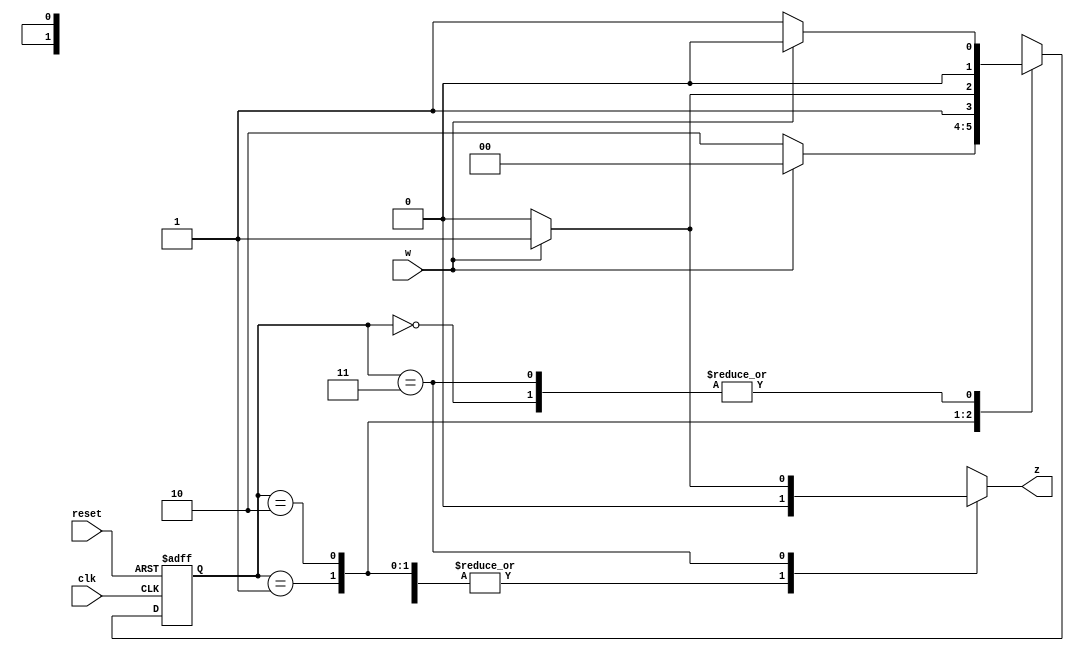
`timescale 1ns / 1ps
//////////////////////////////////////////////////////////////////////////////////
// Company: 
// Engineer: 
// 
// Design Name: 
// Module Name: mealy0011
// Project Name: 
// Target Devices: 
// Tool Versions: 
// Description: 
// 
// Dependencies: 
// 
// Revision:
// Revision 0.01 - File Created
// Additional Comments:
// 
//////////////////////////////////////////////////////////////////////////////////

module top_mealy0011 (clk, reset, w, z);
  input clk, reset, w;    // w is the input and we are assumind active low reset
  output reg z;           // z is the output
  reg [1:0] y, Y;         // Y is a next state variable, y is a present state variable
  parameter [1:0] A = 2'b00, B = 2'b01, C = 2'b10, D = 2'b11;
  
  always @(w, y)         // Defining next sate logic and output logic
    begin
      
      case(y)
        A: 
         begin
          if(w==1)
            begin
              Y <= A;
              z <=0;
            end
          else
            begin
              Y <= B;
              z <= 0;
            end
        end
        
        B: 
         begin
          if(w==1)
            begin
              Y <= A;
              z <= 0;
            end
          else
            begin
              Y <= C;
              z <= 0;
            end
        end
        
        C: 
         begin
          if(w==1)
            begin
              Y <= D;
              z <= 0;
            end
          else
            begin
              Y <= C;
              z <= 0;
            end
        end
        
        D: 
         begin
          if(w==1)
            begin
              Y <= A;
              z <= 1;
            end
          else
            begin
              Y <= B;
              z <= 0;
            end
        end
      endcase
    end
  
  always @(posedge clk, negedge reset)  // defining present state logic
    begin
      if(reset == 0)
        y <= A;
      else
        y <=Y;
    end
  
endmodule